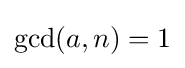
\operatorname {gcd} (a,n)=1